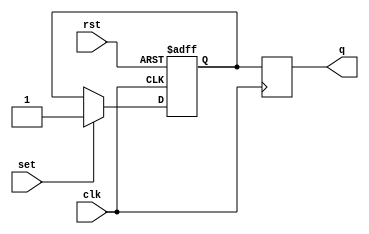
module sr_master_slave_flipflop (
    input wire clk,
    input wire rst,
    input wire set,
    output reg q
);

reg master_ff_out;
reg slave_ff_out;

// Master Flip-Flop 
always @(posedge clk or posedge rst)
begin
    if (rst)
        master_ff_out <= 0;
    else if (set)
        master_ff_out <= 1;
    else
        master_ff_out <= master_ff_out;
end

// Slave Flip-Flop 
always @(negedge clk)
begin
    slave_ff_out <= master_ff_out;
end

assign q = slave_ff_out;

endmodule